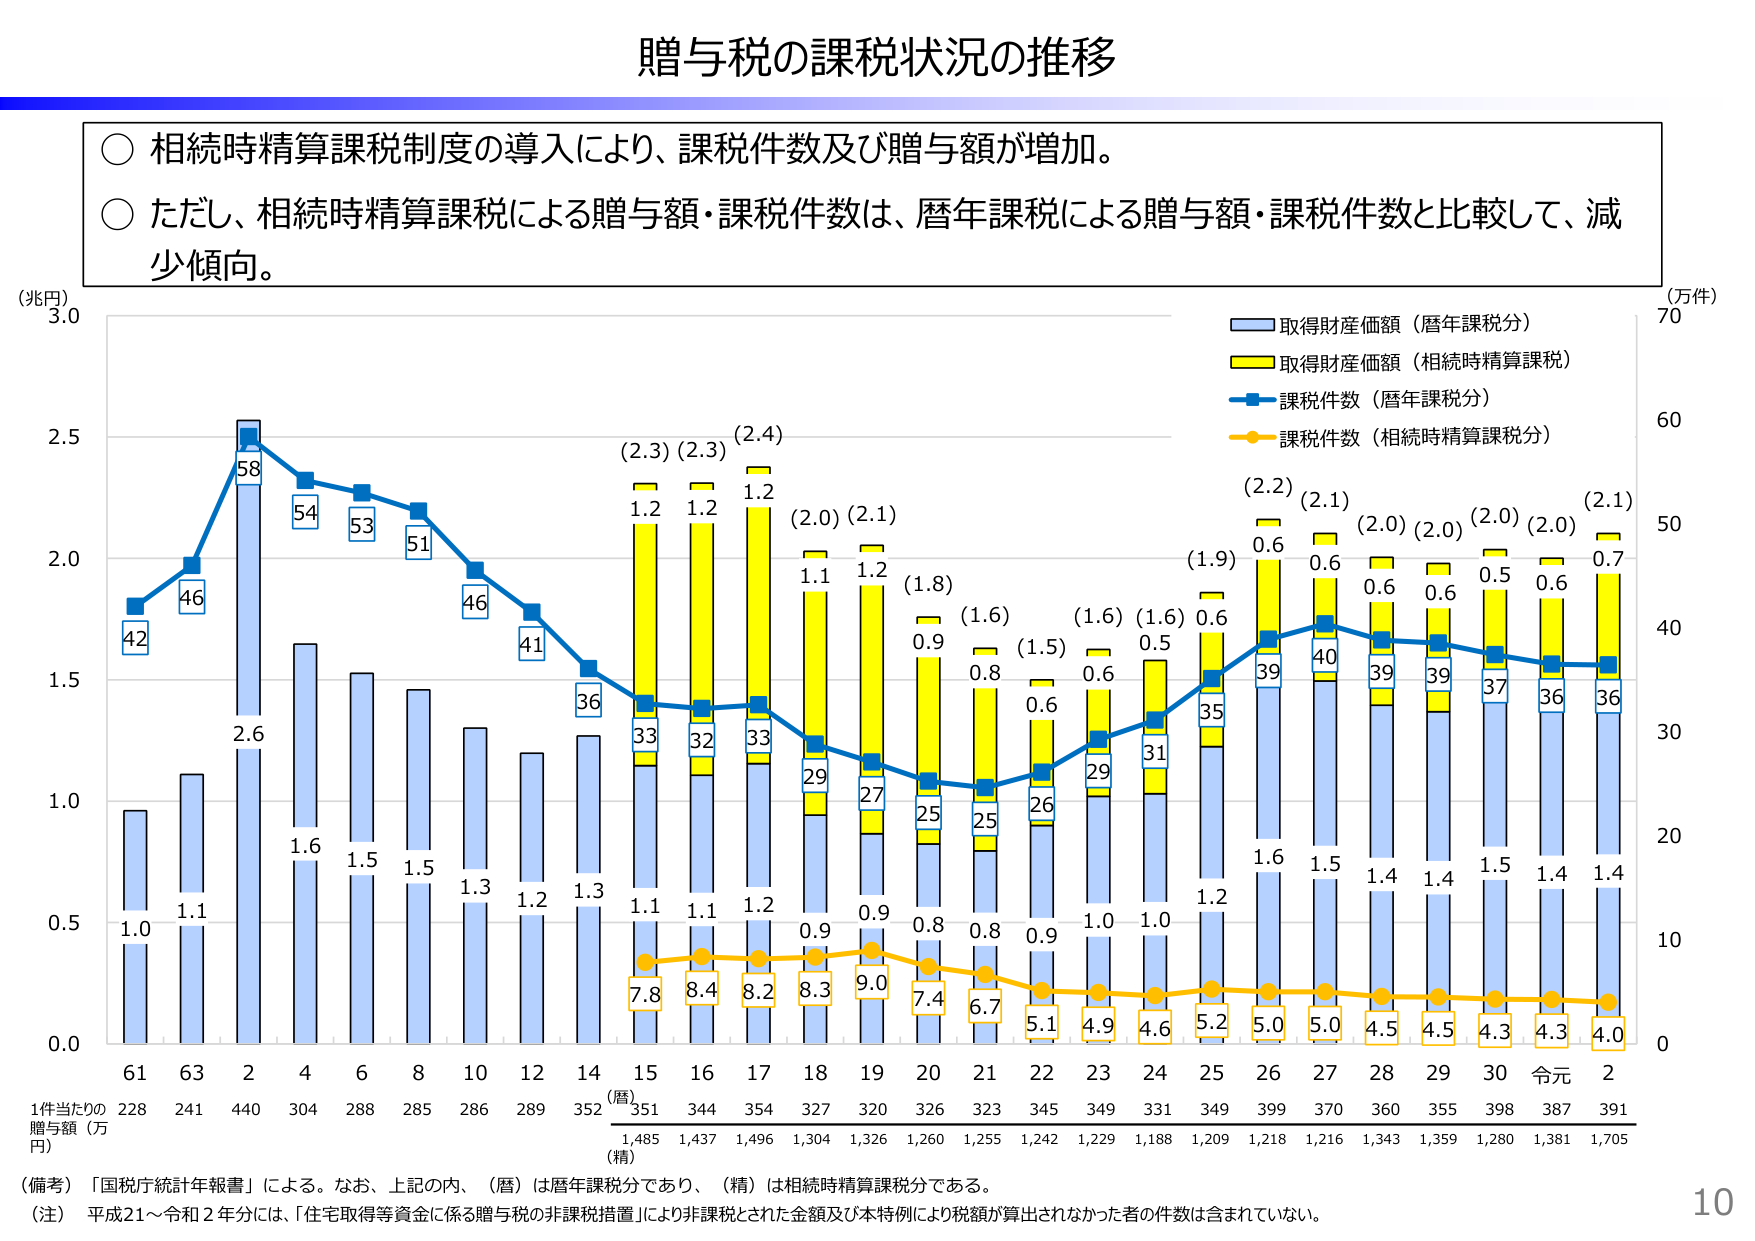
贈与税の課税状況の推移

○ 相続時精算課税制度の導入により、課税件数及び贈与額が増加。
○ ただし、相続時精算課税による贈与額・課税件数は、暦年課税による贈与額・課税件数と比較して、減少傾向。

(兆円)
3.0
2.5
2.0
1.5
1.0
0.5
0.0

(万件)
70
60
50
40
30
20
10
0

取得財産価額（暦年課税分）
取得財産価額（相続時精算課税）
課税件数（暦年課税分）
課税件数（相続時精算課税分）

42
46
58
54
53
51
46
41
36
33
32
33
29
27
25
25
26
29
31
35
39
40
39
39
37
36
36

(2.3) (2.3) (2.4)
1.2
1.2
1.2
(2.0) (2.1)
1.1
1.2
(1.8)
0.9
(1.6)
0.8
(1.5)
0.6
(1.6)
0.6
(1.6)
0.5
(1.9)
0.6
(2.2)
0.6
(2.1)
0.6
(2.0)
0.6
(2.0)
0.5
(2.0)
0.6
(2.1)
0.7

2.6
1.6
1.5
1.5
1.3
1.2
1.3
1.1
1.1
1.2
0.9
0.9
0.8
0.8
0.9
1.0
1.0
1.2
1.6
1.5
1.4
1.4
1.5
1.4
1.4

7.8
8.4
8.2
8.3
9.0
7.4
6.7
5.1
4.9
4.6
5.2
5.0
5.0
4.5
4.5
4.3
4.3
4.0

61 63 2 4 6 8 10 12 14 15 16 17 18 19 20 21 22 23 24 25 26 27 28 29 30 令元 2

1件当たりの贈与額（万円）
228 241 440 304 288 285 286 289 352 351 344 354 327 320 326 323 345 349 331 349 399 370 360 355 398 387 391

(暦)
1,485 1,437 1,496 1,304 1,326 1,260 1,255 1,242 1,229 1,188 1,209 1,218 1,216 1,343 1,359 1,260 1,381 1,705

(精)

（備考）「国税庁統計年報書」による。なお、上記の内、（暦）は暦年課税分であり、（精）は相続時精算課税分である。
（注） 平成21～令和2年分には、「住宅取得等資金に係る贈与税の非課税措置」により非課税とされた金額及び本特例により税額が算出されなかった者の件数は含まれていない。

10